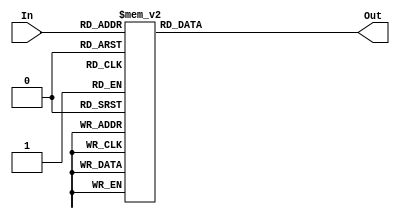
module Decoder7 (In, Out);
	input wire [3:0] In;
	output reg [6:0] Out;

	always @(*)
	begin
		case (In)
			4'b0000: Out = ~7'b0111111; 
			4'b0001: Out = ~7'b0000110;
			4'b0010: Out = ~7'b1011011; 
			4'b0011: Out = ~7'b1001111; 

			4'b0100: Out = ~7'b1100110; 
			4'b0101: Out = ~7'b1101101; 
			4'b0110: Out = ~7'b1111101; 
			4'b0111: Out = ~7'b0000111; 
 
			4'b1000: Out = ~7'b1111111; 
			4'b1001: Out = ~7'b1101111;
			4'b1010: Out = ~7'b1110111; 
			4'b1011: Out = ~7'b1111100; 

			4'b1100: Out = ~7'b0111001; 
			4'b1101: Out = ~7'b1011110; 
			4'b1110: Out = ~7'b1111001; 
			4'b1111: Out = ~7'b1110001; 

			default: Out = ~7'b0000000;
		endcase
	end
endmodule